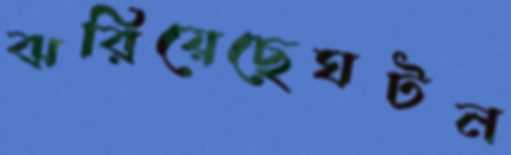
ঝরিয়েছেঘটন